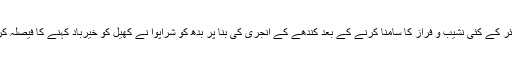
کریئر کے کئی نشیب و فراز کا سامنا کرنے کے بعد کندھے کے انجری کی بنا پر بدھ کو شراپوا نے کھیل کو خیرباد کہنے کا فیصلہ کرلیا.